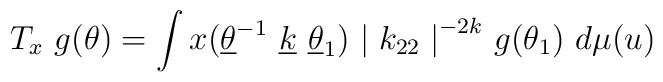
T_x ~g(\theta) = \int      x(\underline{\theta} ^{-1} ~\underline{k}            ~\underline{\theta} _1 )    ~ {\mid k_{22} \mid }^{-2k} ~g (\theta _1)     ~d \mu (u)